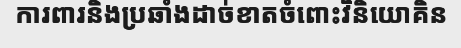
ការពារនិងប្រឆាំងដាច់ខាតចំពោះវិនិយោគិន